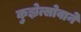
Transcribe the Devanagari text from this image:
कुझ्नेत्सोवाने